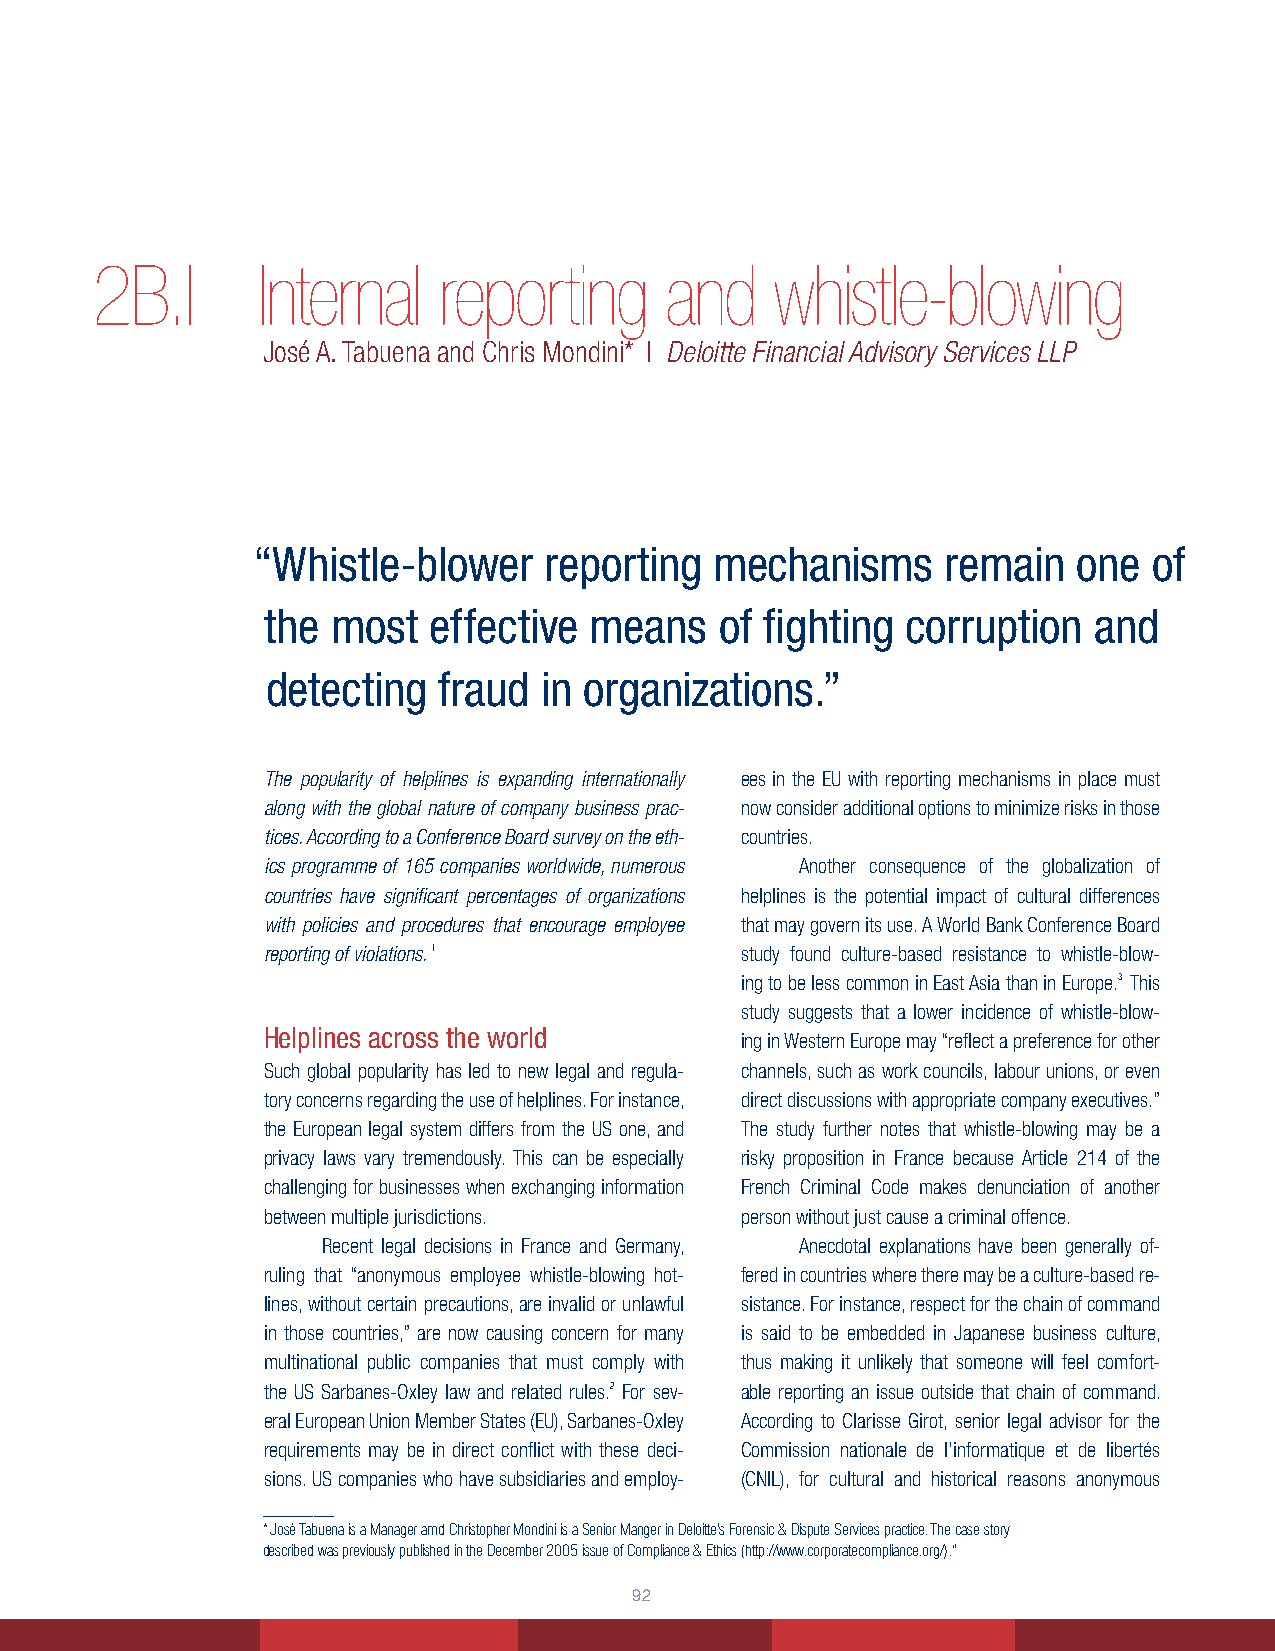
2B.I       Internal    reporting      and    whistle-blowing
 José A. Tabuena and Chris Mondini* | Deloitte Financial Advisory Services LLP
 “Whistle-blower    reporting  mechanisms      remain  one  of
 the most  effective  means    of fighting corruption  and
 detecting  fraud  in organizations.”
 The popularity of helplines is expanding internationally ees in the EU with reporting mechanisms in place must
 along with the global nature of company business prac- now consider additional options to minimize risks in those
 tices. According to a Conference Board survey on the eth- countries.
 ics programme of 165 companies worldwide, numerous Another consequence of the globalization of
 countries have significant percentages of organizations helplines is the potential impact of cultural differences
 with policies and procedures that encourage employee that may govern its use. A World Bank Conference Board
 reporting of violations. 1      study found culture-based resistance to whistle-blow-
 ing to be less common in East Asia than in Europe.3 This
 study suggests that a lower incidence of whistle-blow-
 Helplines across the world
 ing in Western Europe may “reflect a preference for other
 Such global popularity has led to new legal and regula- channels, such as work councils, labour unions, or even
 tory concerns regarding the use of helplines. For instance, direct discussions with appropriate company executives.”
 the European legal system differs from the US one, and The study further notes that whistle-blowing may be a
 privacy laws vary tremendously. This can be especially risky proposition in France because Article 214 of the
 challenging for businesses when exchanging information French Criminal Code makes denunciation of another
 between multiple jurisdictions. person without just cause a criminal offence.
 Recent legal decisions in France and Germany, Anecdotal explanations have been generally of-
 ruling that “anonymous employee whistle-blowing hot- fered in countries where there may be a culture-based re-
 lines, without certain precautions, are invalid or unlawful sistance. For instance, respect for the chain of command
 in those countries,” are now causing concern for many is said to be embedded in Japanese business culture,
 multinational public companies that must comply with thus making it unlikely that someone will feel comfort-
 the US Sarbanes-Oxley law and related rules.2 For sev- able reporting an issue outside that chain of command.
 eral European Union Member States (EU), Sarbanes-Oxley According to Clarisse Girot, senior legal advisor for the
 requirements may be in direct conflict with these deci- Commission nationale de l’informatique et de libertés
 sions. US companies who have subsidiaries and employ- (CNIL), for cultural and historical reasons anonymous
 _______
 * José Tabuena is a Manager amd Christopher Mondini is a Senior Manger in Deloitte’s Forensic & Dispute Services practice. The case story
 described was previously published in the December 2005 issue of Compliance & Ethics (http://www.corporatecompliance.org/).“
 2